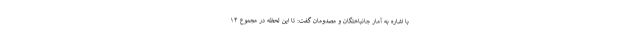
با اشاره به آمار جانباختگان و مصدومان گفت: تا این لحظه در مجموع ۱۴